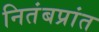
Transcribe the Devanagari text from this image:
नितंबप्रांत